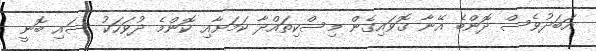
އަބަދުވެސް ދޮންބެ އޭނާ ގޮވައިގެން މިސްކިތައްދާ ކަމަށާއި ކޮންމެ ދުވަހަކު ސައި ބޮނީ